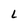
Character: L